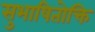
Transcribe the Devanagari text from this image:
सुभाषितोक्ति